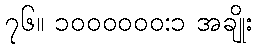
၇၆။ ၁၀၀၀၀၀၀:၁ အချိုး